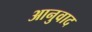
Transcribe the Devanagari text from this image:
आनुवाद